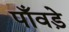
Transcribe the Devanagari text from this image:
पाँवड़े